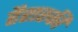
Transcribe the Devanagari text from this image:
हैरारकी